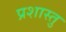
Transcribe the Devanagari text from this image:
प्रशास्तु